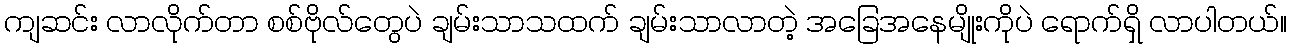
ကျဆင်း လာလိုက်တာ စစ်ဗိုလ်တွေပဲ ချမ်းသာသထက် ချမ်းသာလာတဲ့ အခြေအနေမျိုးကိုပဲ ရောက်ရှိ လာပါတယ်။